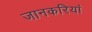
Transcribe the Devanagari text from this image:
जानकरियां